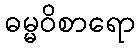
ဓမ္မဝိစာရော